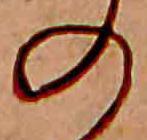
の